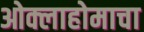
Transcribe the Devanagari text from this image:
ओक्लाहोमाचा